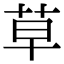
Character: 草